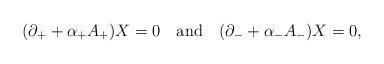
LaTeX: \begin{align*}(\partial_+ + \alpha_+ A_+) X = 0 \quad {\rm and} \quad(\partial_- + \alpha_- A_-) X = 0,\end{align*}